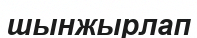
шынжырлап